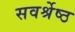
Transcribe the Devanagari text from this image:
सवर्श्रेष्ठ